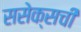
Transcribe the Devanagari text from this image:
ससेक्सची